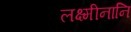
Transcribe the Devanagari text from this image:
लक्ष्मीनानि